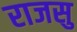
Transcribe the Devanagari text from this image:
राजसु